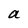
Character: a